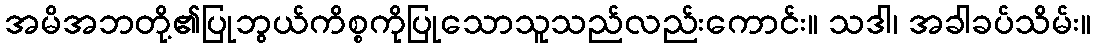
အမိအဘတို့၏ပြုဘွယ်ကိစ္စကိုပြုသောသူသည်လည်းကောင်း။ သဒါ၊ အခါခပ်သိမ်း။